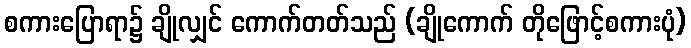
စကားပြောရာ၌ ချိုလျှင် ကောက်တတ်သည် (ချိုကောက် တိုဖြောင့်စကားပုံ)